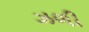
ઝળી